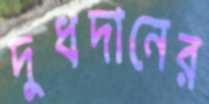
দুধদানের